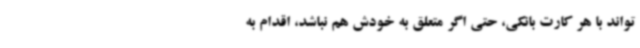
تواند با هر کارت بانکی، حتی اگر متعلق به خودش هم نباشد، اقدام به